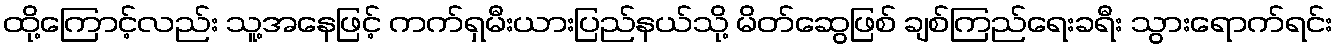
ထို့ကြောင့်လည်း သူ့အနေဖြင့် ကက်ရှမီးယားပြည်နယ်သို့ မိတ်ဆွေဖြစ် ချစ်ကြည်ရေးခရီး သွားရောက်ရင်း